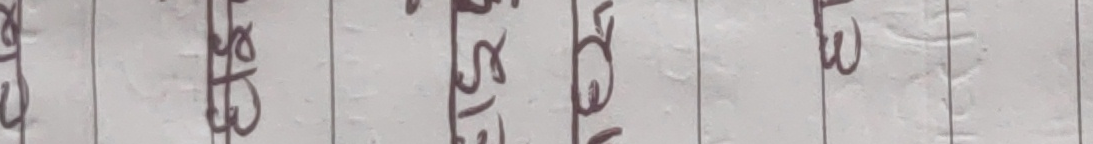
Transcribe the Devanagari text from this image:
आटेई पिठउ सज्ञउ ऐगघ वलउ